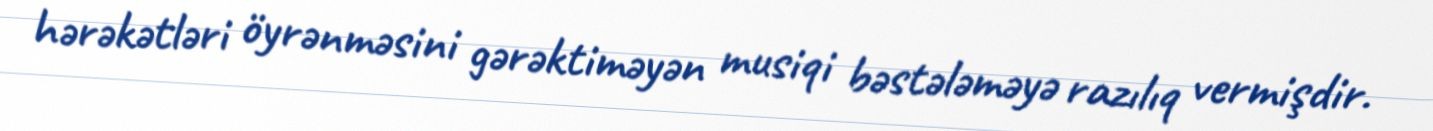
hərəkətləri öyrənməsini gərəktiməyən musiqi bəstələməyə razılıq vermişdir.